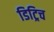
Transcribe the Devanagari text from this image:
डिट्रिच